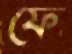
ফে